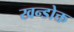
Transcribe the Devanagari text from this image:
खन्डोक्त